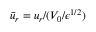
\bar { u } _ { r } = u _ { r } / ( V _ { 0 } / { \epsilon } ^ { 1 / 2 } )